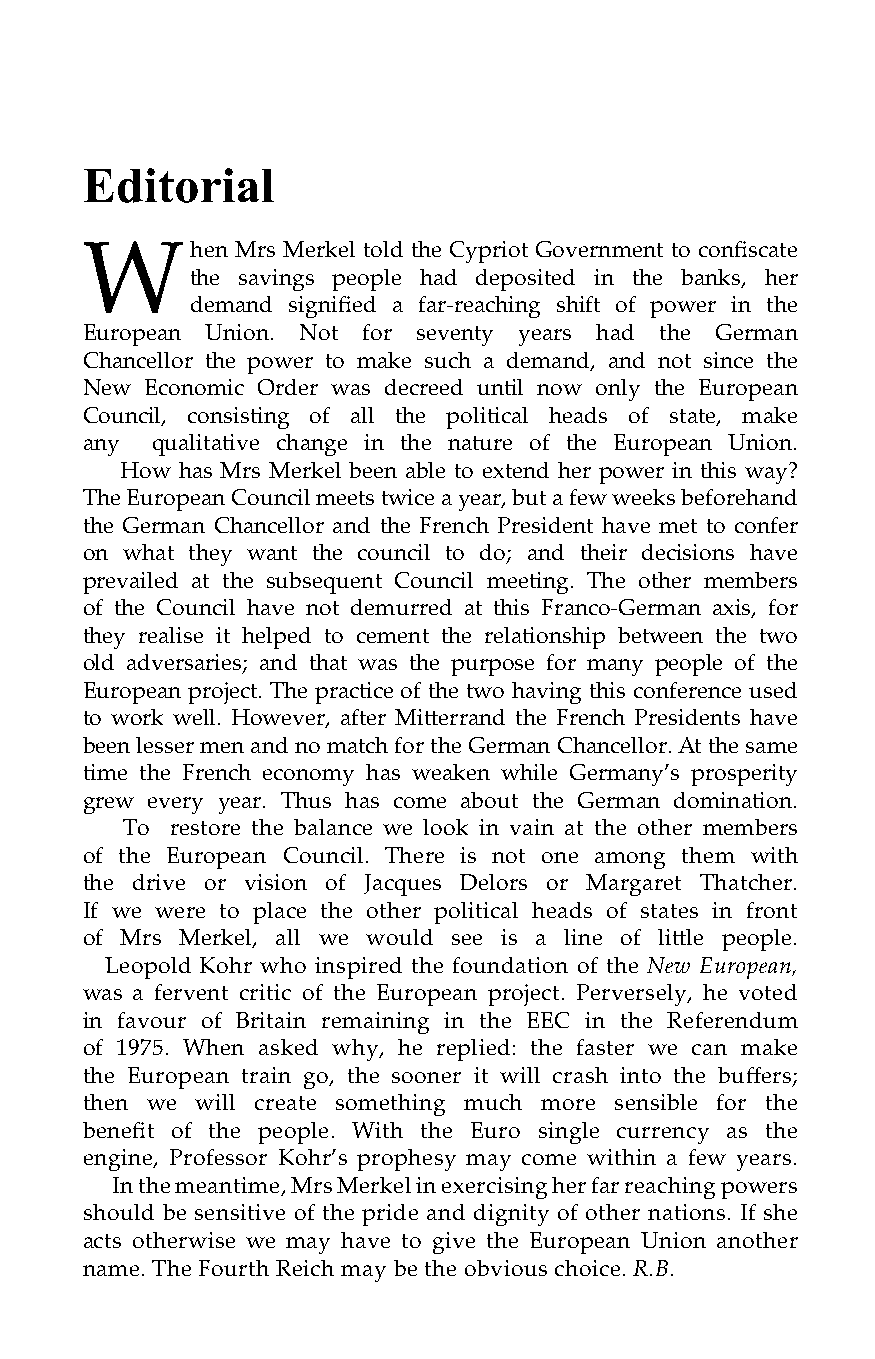
NEW EUROPEAN Editorial
 Biannual Views of International Affairs When Mrs Merkel told the Cypriot Government to confiscate
 the savings people had deposited in the banks, her
 Spring 2013 • Vol. 22 • No 1
 demand signified a far-reaching shift of power in the
 European Union. Not for seventy years had the German
 Contents Chancellor the power to make such a demand, and not since the
 New  Economic Order was decreed until now only the European
 Editorial, Council, consisting of all the political heads of state, make
 page 1 any qualitative change in the nature of the European Union.
 An Initiative for an Orderly Dismantling of the Euro, How has Mrs Merkel been able to extend her power in this way?
 page 2 The European Council meets twice a year, but a few weeks beforehand
 A Positive Response to Mr Cameron’s EU Referendum Promise, the German Chancellor and the French President have met to confer
 Heming Olaussen, page 5 on what they want the council to do; and their decisions have
 The European Issue: A Battle about Power, prevailed at the subsequent Council meeting. The other members
 Richard Body, page 7 of the Council have not demurred at this Franco-German axis, for
 Dead Horses Travelling all over the Single Market, they realise it helped to cement the relationship between the two
 Søren Søndergaard, page 13 old adversaries; and that was the purpose for many people of the
 Where the Political Powers Reign and Hide, European project. The practice of the two having this conference used
 Staffan Dahllöf, page 15 to work well. However, after Mitterrand the French Presidents have
 Forty Years on – the Legacy of E.F. Schumacher, been lesser men and no match for the German Chancellor. At the same
 Diana Schumacher, page 17 time the French economy has weaken while Germany’s prosperity
 The Perils of Giantism, grew every year. Thus has come about the German domination.
 John Papworth, page 21 To restore the balance we look in vain at the other members
 Social Trust and Social Capital, of the European Council. There is not one among them with
 Luise Hemmer Pihl, page 25 the drive or vision of Jacques Delors or Margaret Thatcher.
 A Superpower Dominates Governments, If we were to place the other political heads of states in front
 Louis Even, page 27 of Mrs Merkel, all we would see is a line of little people.
 Future Money, Leopold Kohr who inspired the foundation of the New European,
 Reviewed by John Rattray, page 33 was a fervent critic of the European project. Perversely, he voted
 The NEW EUROPEAN, in favour of Britain remaining in the EEC in the Referendum
 page 35 of 1975. When asked why, he replied: the faster we can make
 Editorial, the European train go, the sooner it will crash into the buffers;
 Inside back cover then we will create something much more sensible for the
 benefit of the people. With the Euro single currency as the
 NEW EUROPEAN engine, Professor Kohr’s prophesy may come within a few years.
 In the meantime, Mrs Merkel in exercising her far reaching powers
 Editor: Luise Hemmer Pihl. Editor emeritus.: Sir Richard Body
 should be sensitive of the pride and dignity of other nations. If she
 Published by the Knud P. Pedersen Centre for European Studies
 acts otherwise we may have to give the European Union another
 ©: Knud P. Pedersen Centre for European Studies,
 name. The Fourth Reich may be the obvious choice. R.B.
 skrodhoj@gmail.com